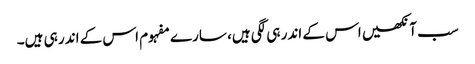
سب آنکھیں اس کے اندر ہی لگی ہیں، سارے مفہوم اس کے اندر ہی ہیں۔